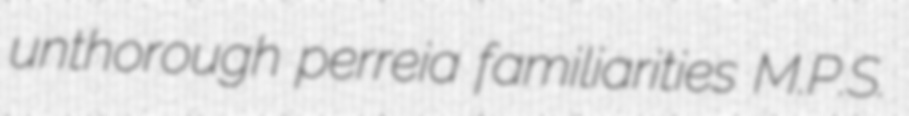
unthorough perreia familiarities M.P.S.